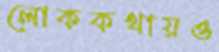
লোককথায়ও